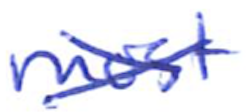
Text: most
Cross-out: cross
Writing tool: ballpoint